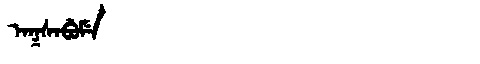
Manchu: ᠠᡴᠰᠠᠪᡠᠮᡝ
Romanization: AKSABUME